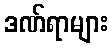
ဒဏ်ရာများ